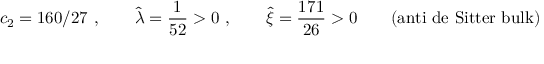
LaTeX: c _ { 2 } = 1 6 0 / 2 7 ~ , \qquad { \hat { \lambda } } = \frac { 1 } { 5 2 } > 0 ~ , \qquad { \hat { \xi } } = \frac { 1 7 1 } { 2 6 } > 0 \qquad ( \mathrm { a n t i ~ d e ~ S i t t e r ~ b u l k } )